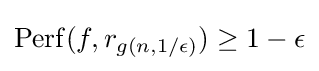
\operatorname {Perf} (f,r_{g(n,1/\epsilon )})\geq 1-\epsilon